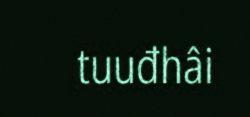
tuuđhâi